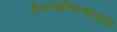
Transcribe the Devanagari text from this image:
तैलरंगचित्रणासाठी